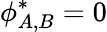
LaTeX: \phi_{A,B}^{*}=0